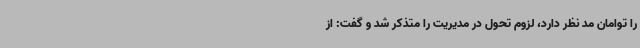
را توامان مد نظر دارد، لزوم تحول در مدیریت را متذکر شد و گفت: از